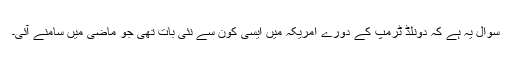
سوال یہ ہے کہ دونلڈ ٹرمپ کے دورے امریکہ میں ایسی کون سے نئی بات تھی جو ماضی میں سامنے آئی۔